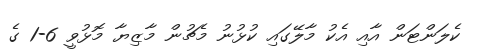
ކެލަންޓަން އާއި އެކު މާލޭގައި ކުޅުނު މެޗުން މާޒިޔާ މޮޅުވީ 6-1 ގެ